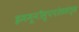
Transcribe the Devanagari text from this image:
इममूनॉसुपपरेससंत्स